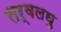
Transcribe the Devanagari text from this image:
सर्वलघु